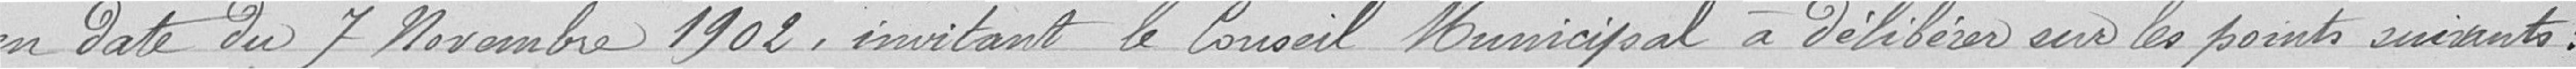
en date de 7 novembre 1902, invitant le Conseil Municipal à délibérer sur les points suivants :